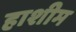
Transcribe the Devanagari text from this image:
हाशीम